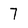
Character: 7